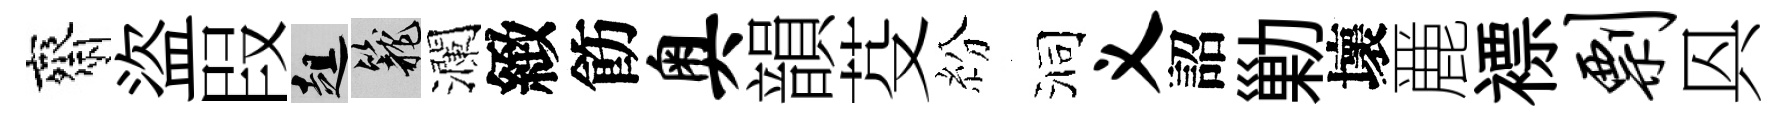
齋盜叚趄籠瀾緻飭奥韻芟紛洞义詔勦壞䴡褾剽㒷